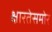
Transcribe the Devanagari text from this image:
क्षारतेसमोर